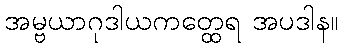
အမ္ဗယာဂုဒါယကတ္ထေရ အပဒါန။